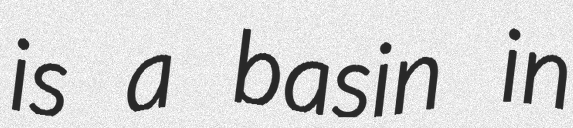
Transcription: is a basin in